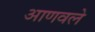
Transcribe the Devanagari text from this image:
आणवले